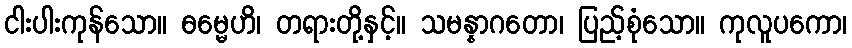
ငါးပါးကုန်သော။ ဓမ္မေဟိ၊ တရားတို့နှင့်။ သမန္နာဂတော၊ ပြည့်စုံသော။ ကုလူပကော၊